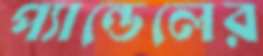
প্যান্ডেলের